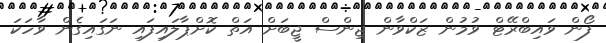
ފޯން ވައިބްރޭޓް ވުމުން ޒަކްވާން ޖިންސް ޖީބަށް އަތް ކޮށްޕާލައިފައި ނަގައިގެން ވާހަކަ